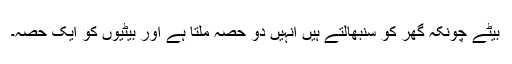
بیٹے چونکہ گھر کو سنبھالتے ہیں انہیں دو حصہ ملتا ہے اور بیٹیوں کو ایک حصہ۔